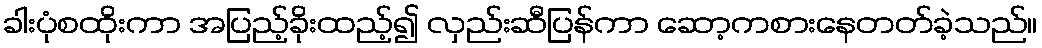
ခါးပုံစထိုးကာ အပြည့်ခိုးထည့်၍ လှည်းဆီပြန်ကာ ဆော့ကစားနေတတ်ခဲ့သည်။